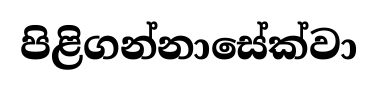
පිළිගන්නාසේක්වා